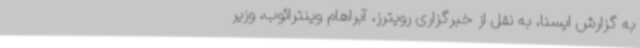
به گزارش ایسنا، به نقل از خبرگزاری رویترز، آبراهام وینترائوب، وزیر